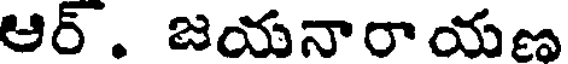
ఆర్. జయనారా యణ